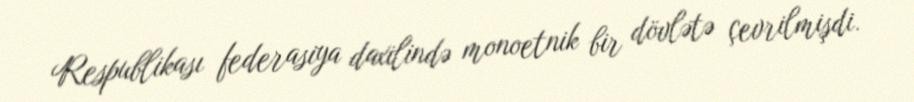
Respublikası federasiya daxilində monoetnik bir dövlətə çevrilmişdi.